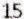
15